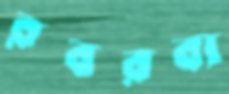
রবরবা